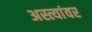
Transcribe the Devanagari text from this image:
अस्त्यांवर